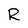
Character: R